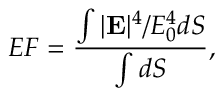
E F = \frac { \int | \mathbf { E } | ^ { 4 } / E _ { 0 } ^ { 4 } d S } { \int d S } ,